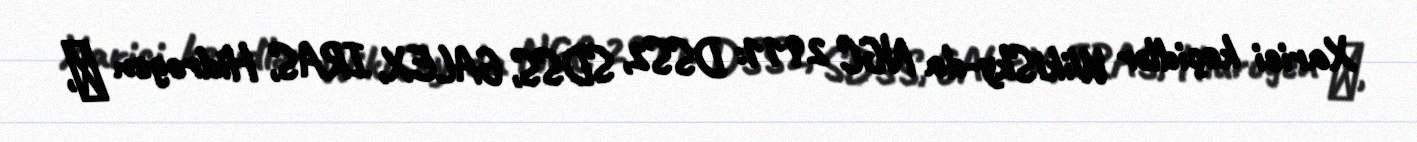
Xarici keçidlər WikiSky-da NGC 2911: DSS2, SDSS, GALEX, IRAS, Hidrogen α,